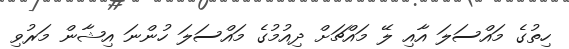
ހިތުގެ މައްސަލަ އާއި ލޭ މައްޗަށް ދިއުމުގެ މައްސަލަ ހުންނަ އިޝާން މަރުވި